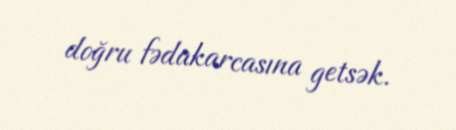
doğru fədakarcasına getsək.